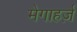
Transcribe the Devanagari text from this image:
मेगाहर्ज़